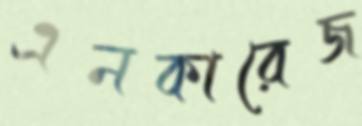
এনকারেজ